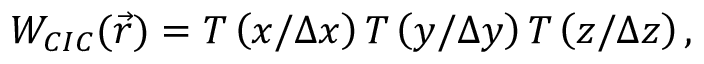
W _ { C I C } ( \vec { r } ) = T \left( x / \Delta x \right) T \left( y / \Delta y \right) T \left( z / \Delta z \right) ,